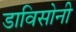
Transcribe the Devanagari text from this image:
डाविसोनी